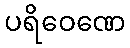
ပရိဝေဏေ